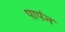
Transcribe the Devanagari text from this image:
पापंन